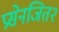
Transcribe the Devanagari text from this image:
प्रसेनजित२